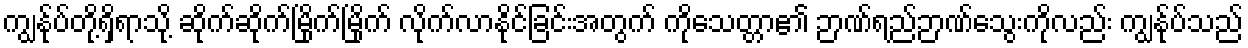
ကျွန်ုပ်တို့ရှိရာသို့ ဆိုက်ဆိုက်မြိုက်မြိုက် လိုက်လာနိုင်ခြင်းအတွက် ကိုသေတ္တာ၏ ဉာဏ်ရည်ဉာဏ်သွေးကိုလည်း ကျွန်ုပ်သည်